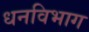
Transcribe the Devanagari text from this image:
धनविभाग